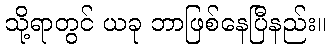
သို့ရာတွင် ယခု ဘာဖြစ်နေပြီနည်း။